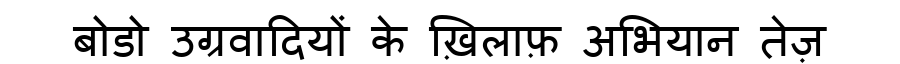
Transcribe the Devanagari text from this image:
बोडो उग्रवादियों के ख़िलाफ़ अभियान तेज़